Document type: Acquittal of debt
Year: 1424
Scribe: Francesc de Casanoves
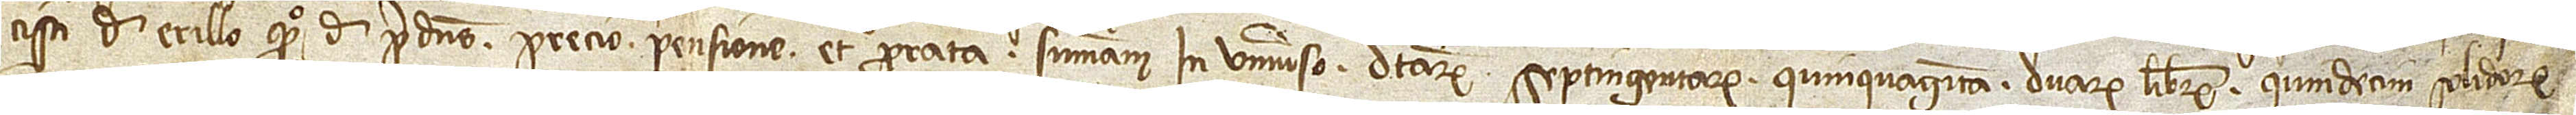
cisci de Erillo, quondam, de predictis precio, pensione et prorata summam in universo dictarum septingentarum quinquaginta duarum librarum, quindecim solidorum